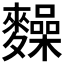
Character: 𪍽